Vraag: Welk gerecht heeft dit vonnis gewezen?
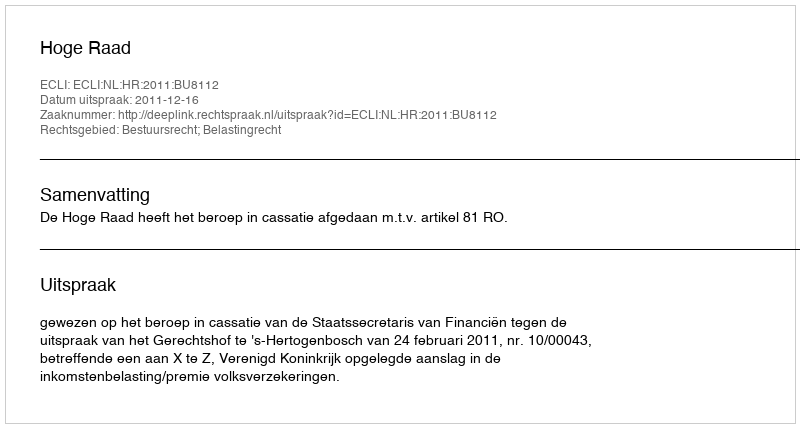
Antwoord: Hoge Raad